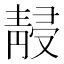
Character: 𱁮